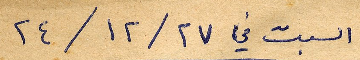
السبت في ٢٤/١٢/٢٧